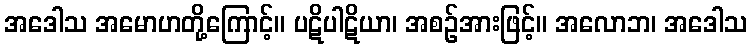
အဒေါသ အမောဟတို့ကြောင့်။ ပဋိပါဋိယာ၊ အစဉ်အားဖြင့်။ အလောဘ၊ အဒေါသ